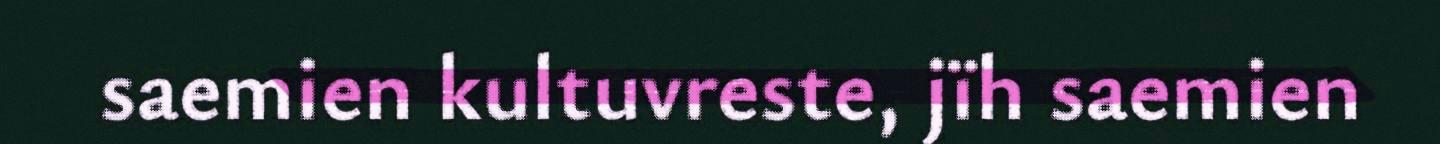
saemien kultuvreste, jïh saemien